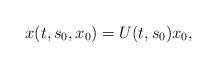
LaTeX: \begin{align*}x(t,s_0,x_0)=U(t,s_0)x_0, \end{align*}